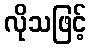
လိုသဖြင့်